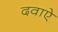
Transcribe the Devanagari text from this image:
दवाऐ